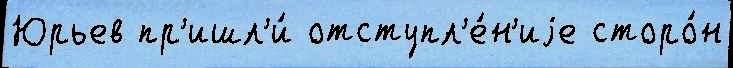
Юрьев пр'ишл'и́ отступл'е́н'иjе сторо́н